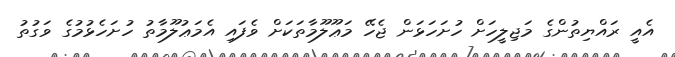
އެއީ ރައްޔިތުންގެ މަޖިލީހަށް ހުށަހަޅަން ޖެހޭ މަޢޫލޫމާތަކަށް ވެފައި އެމަޢުލޫމާތު ހުށަހެޅުމުގެ ވަގުތު